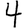
Digit: 4